Scottish Leaving Certificate Examination, 1959
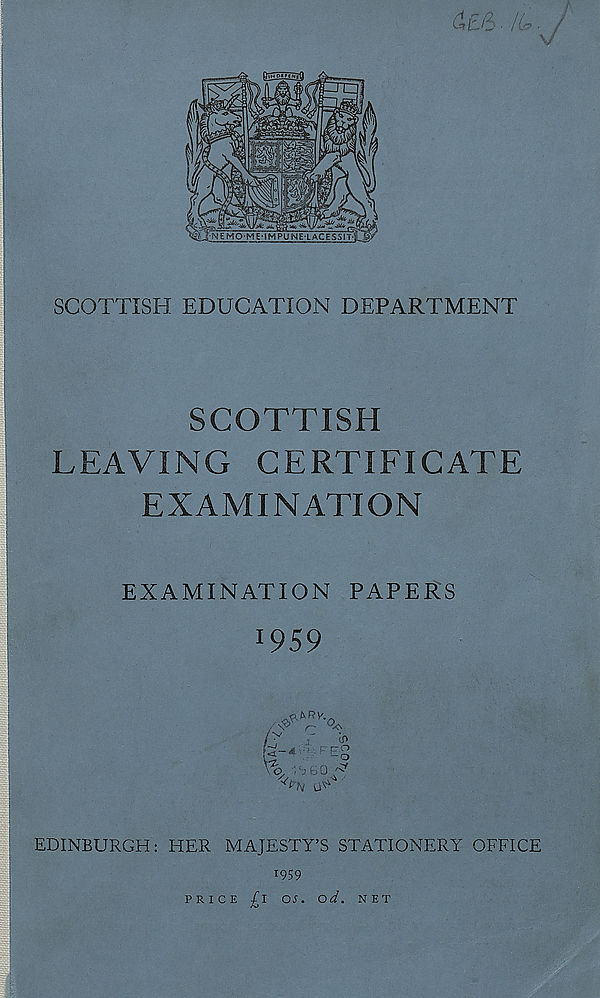
SCOTTISH EDUCATION DEPARTMENT
SCOTTISH
LEAVING CERTIFICATE
EXAMINATION
EXAMINATION PAPERS
1 959
<?P hRv -o
lr>
d
!~E ?
O
0
EDINBURGH: HER MAJESTY’S STATIONERY OFFICE
059
PRICE £1 OS. od. NET